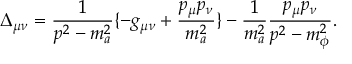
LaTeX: \Delta _ { \mu \nu } = \frac { 1 } { p ^ { 2 } - m _ { a } ^ { 2 } } \{ - g _ { \mu \nu } + \frac { p _ { \mu } p _ { \nu } } { m _ { a } ^ { 2 } } \} - { \frac { 1 } { m _ { a } ^ { 2 } } } \frac { p _ { \mu } p _ { \nu } } { p ^ { 2 } - m _ { \phi } ^ { 2 } } .